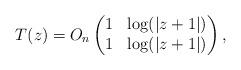
LaTeX: \begin{gather*} T(z) = O_n\left(\begin{matrix}1 & \log(\vert z + 1\vert) \\1 & \log(\vert z + 1\vert)\end{matrix}\right), \end{gather*}